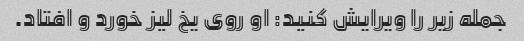
جمله زیر را ویرایش کنید: او روی یخ لیز خورد و افتاد.